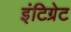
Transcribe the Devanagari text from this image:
इंटिग्रेट